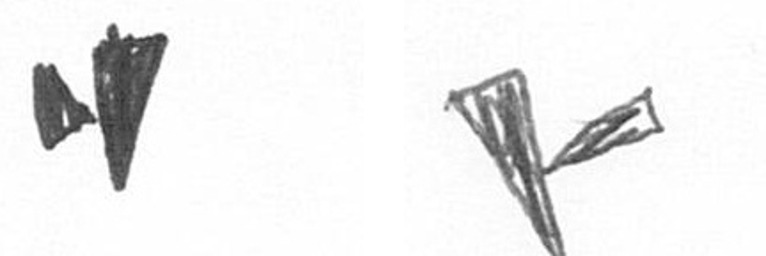
M F